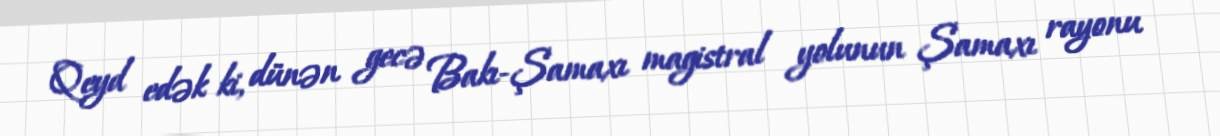
Qeyd edək ki, dünən gecə Bakı-Şamaxı magistral yolunun Şamaxı rayonu